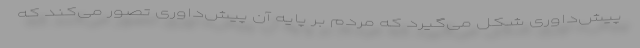
پیش‌داوری شکل می‌گیرد که مردم بر پایه آن پیش‌داوری تصور می‌کند که